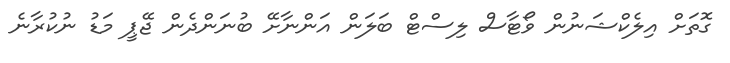
ގޮތަށް އިލެކްޝަނުން ވޯޓާސް ލިސްޓް ބަލަން އަންނާށޭ ބުނަންދެން ޖޭޕީ މަޑު ނުކުރާނެ